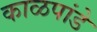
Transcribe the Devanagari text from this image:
काळपांडे